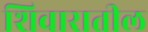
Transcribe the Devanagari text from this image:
शिवारातील